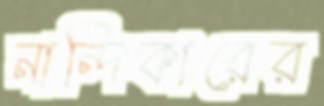
নান্দিকারের